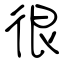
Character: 很